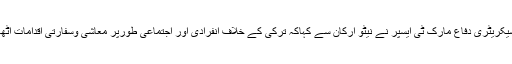
اسی روز سیکریٹری دفاع مارک ٹی ایسپر نے نیٹو ارکان سے کہاکہ ترکی کے خلاف انفرادی اور اجتماعی طورپر معاشی وسفارتی اقدامات اٹھائے جائیں۔